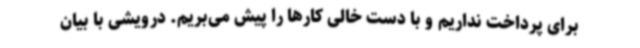
برای پرداخت نداریم و با دست خالی کارها را پیش می‌بریم. درویشی با بیان